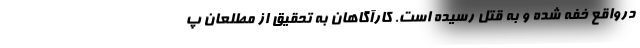
درواقع خفه شده و به قتل رسیده است. کارآگاهان به تحقیق از مطلعان پ